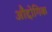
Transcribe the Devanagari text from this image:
औद्दोगिक